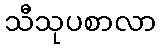
သီသုပစာလာ